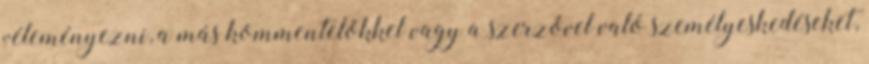
véleményezni, a más kommentelőkkel vagy a szerzővel való személyeskedéseket,